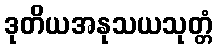
ဒုတိယအနုသယသုတ္တံ